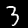
Label: 3